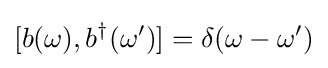
[b(\omega ),b^{\dagger }(\omega ^{\prime })]=\delta (\omega -\omega ^{\prime })